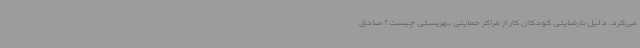
می‌کرد. دلیل نارضایتی کودکان کار از مراکز حمایتی بهزیستی چیست؟ صادق